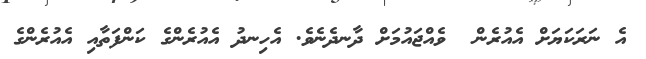
އެ ނަރަކަޔަށް އެއުރެން  ވެއްޖައުމަށް ދާނދެނެވެ. އެހިނދު އެއުރެންގެ ކަންފަތާއި އެއުރެންގެ